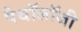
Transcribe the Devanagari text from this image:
पैथॉलॉजी